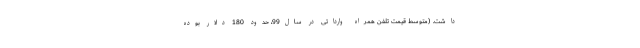
داشت. (متوسط قیمت تلفن همراه وارداتی در سال99، حدود 180 دلار بوده